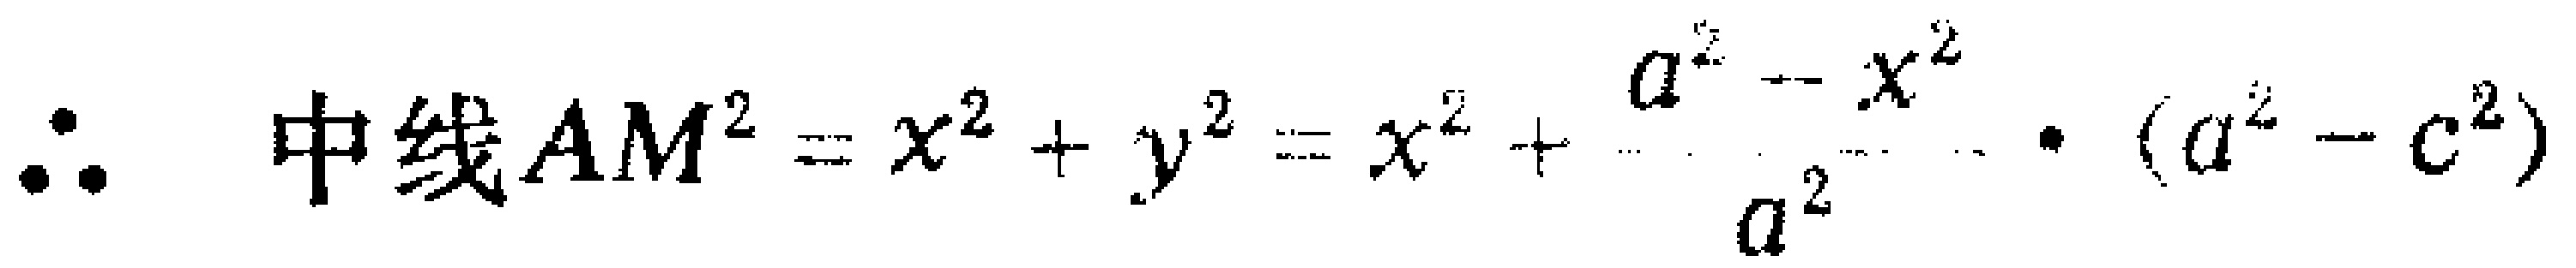
\(\therefore \text{中线}AM^{2}=x^{2}+y^{2}=x^{2}+\frac{a^{2}-x^{2}}{a^{2}}\cdot (a^{2}-c^{2})\)